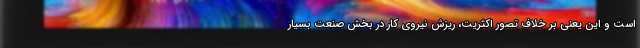
است و این یعنی بر خلاف تصور اکثریت، ریزش نیروی کار در بخش صنعت بسیار